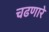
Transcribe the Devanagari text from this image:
चढणारे